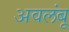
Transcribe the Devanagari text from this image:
अवलंबू